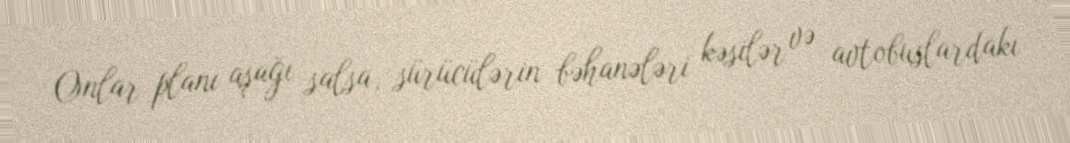
Onlar planı aşağı salsa, sürücülərin bəhanələri kəsilər və avtobuslardakı